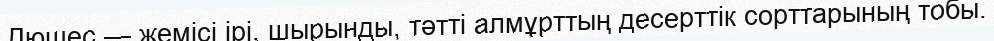
Дюшес — жемісі ірі, шырынды, тәтті алмұрттың десерттік сорттарының тобы.